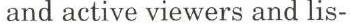
and active viewers and lis-